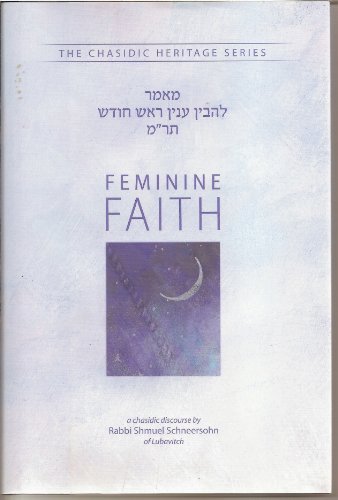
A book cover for Feminine Faith (The Chasidic Heritage Series); Shmuel Schneersohn; Religion & Spirituality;